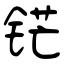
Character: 铓